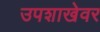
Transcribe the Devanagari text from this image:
उपशाखेवर